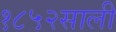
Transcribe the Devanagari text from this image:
१८५२साली